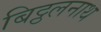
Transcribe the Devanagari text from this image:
बिट्ठलनाथ